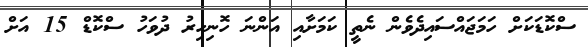
ސްކޮޑަކަށް ހަމަޖައްސައިދެވެން ނެތީ ކަމަށާއި އަންނަ ހޮނިހިރު ދުވަހު ސްކޮޑް 15 އަށް